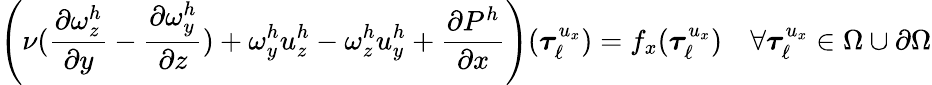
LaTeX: \left(\nu(\frac{\partial\omega_{z}^{h}}{\partial y}-\frac{\partial\omega_{y}^{h}}{\partial z})+\omega_{y}^{h}u_{z}^{h}-\omega_{z}^{h}u_{y}^{h}+\frac{\partial P^{h}}{\partial x}\right)(\boldsymbol{\tau}_{\ell}^{u_{x}})=f_{x}(\boldsymbol{\tau}_{\ell}^{u_{x}})\quad\forall\boldsymbol{\tau}_{\ell}^{u_{x}}\in\Omega\cup\partial\Omega